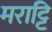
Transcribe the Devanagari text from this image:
मराट्टि